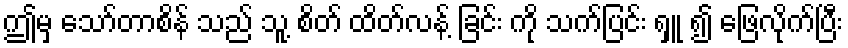
ဤမှ သော်တာစိန် သည် သူ့ စိတ် ထိတ်လန့် ခြင်း ကို သက်ပြင်း ရှူ ၍ ဖြေလိုက်ပြီး